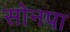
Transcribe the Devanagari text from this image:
सोनपा